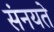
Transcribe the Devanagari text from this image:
संनयते